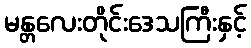
မန္တလေးတိုင်းဒေသကြီးနှင့်